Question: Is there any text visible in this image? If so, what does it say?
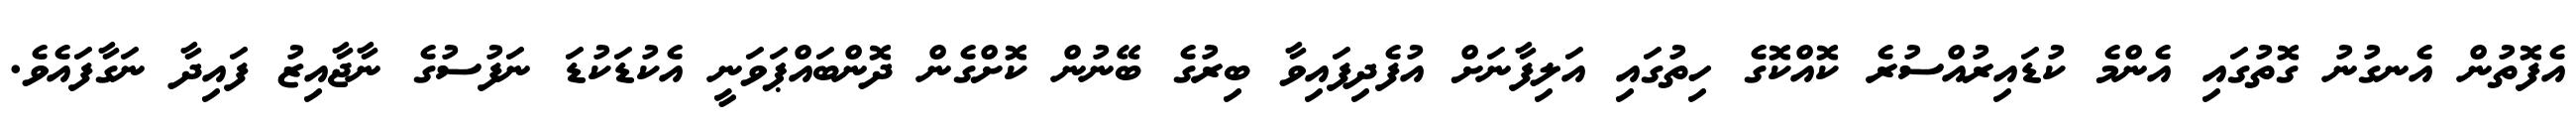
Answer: އެފޮތުން އެނގުނު ގޮތުގައި އެންމެ ކުޑައިރުއްސުރެ ކޮއްކޮގެ ހިތުގައި އަލިފާނަށް އުފެދިފައިވާ ބިރުގެ ބޭނުން ކޮށްގެން ދޮންބައްޕަވަނީ އެކުޑަކުޑަ ނަފުސުގެ ނާޖާއިޒު ފައިދާ ނަގާފައެވެ.